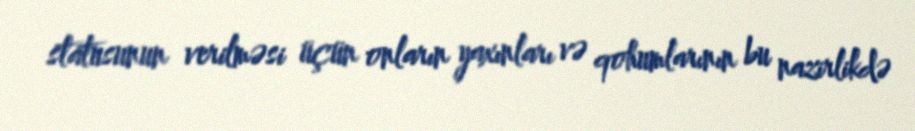
statusunun verilməsi üçün onların yaxınları və qohumlarının bu nazirlikdə